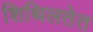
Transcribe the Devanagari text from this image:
शिथिलतेत